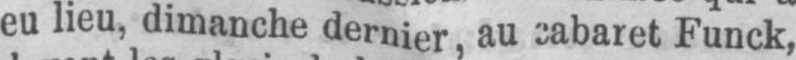
eu lieu, dimanche dernier, au cabaret Funck,